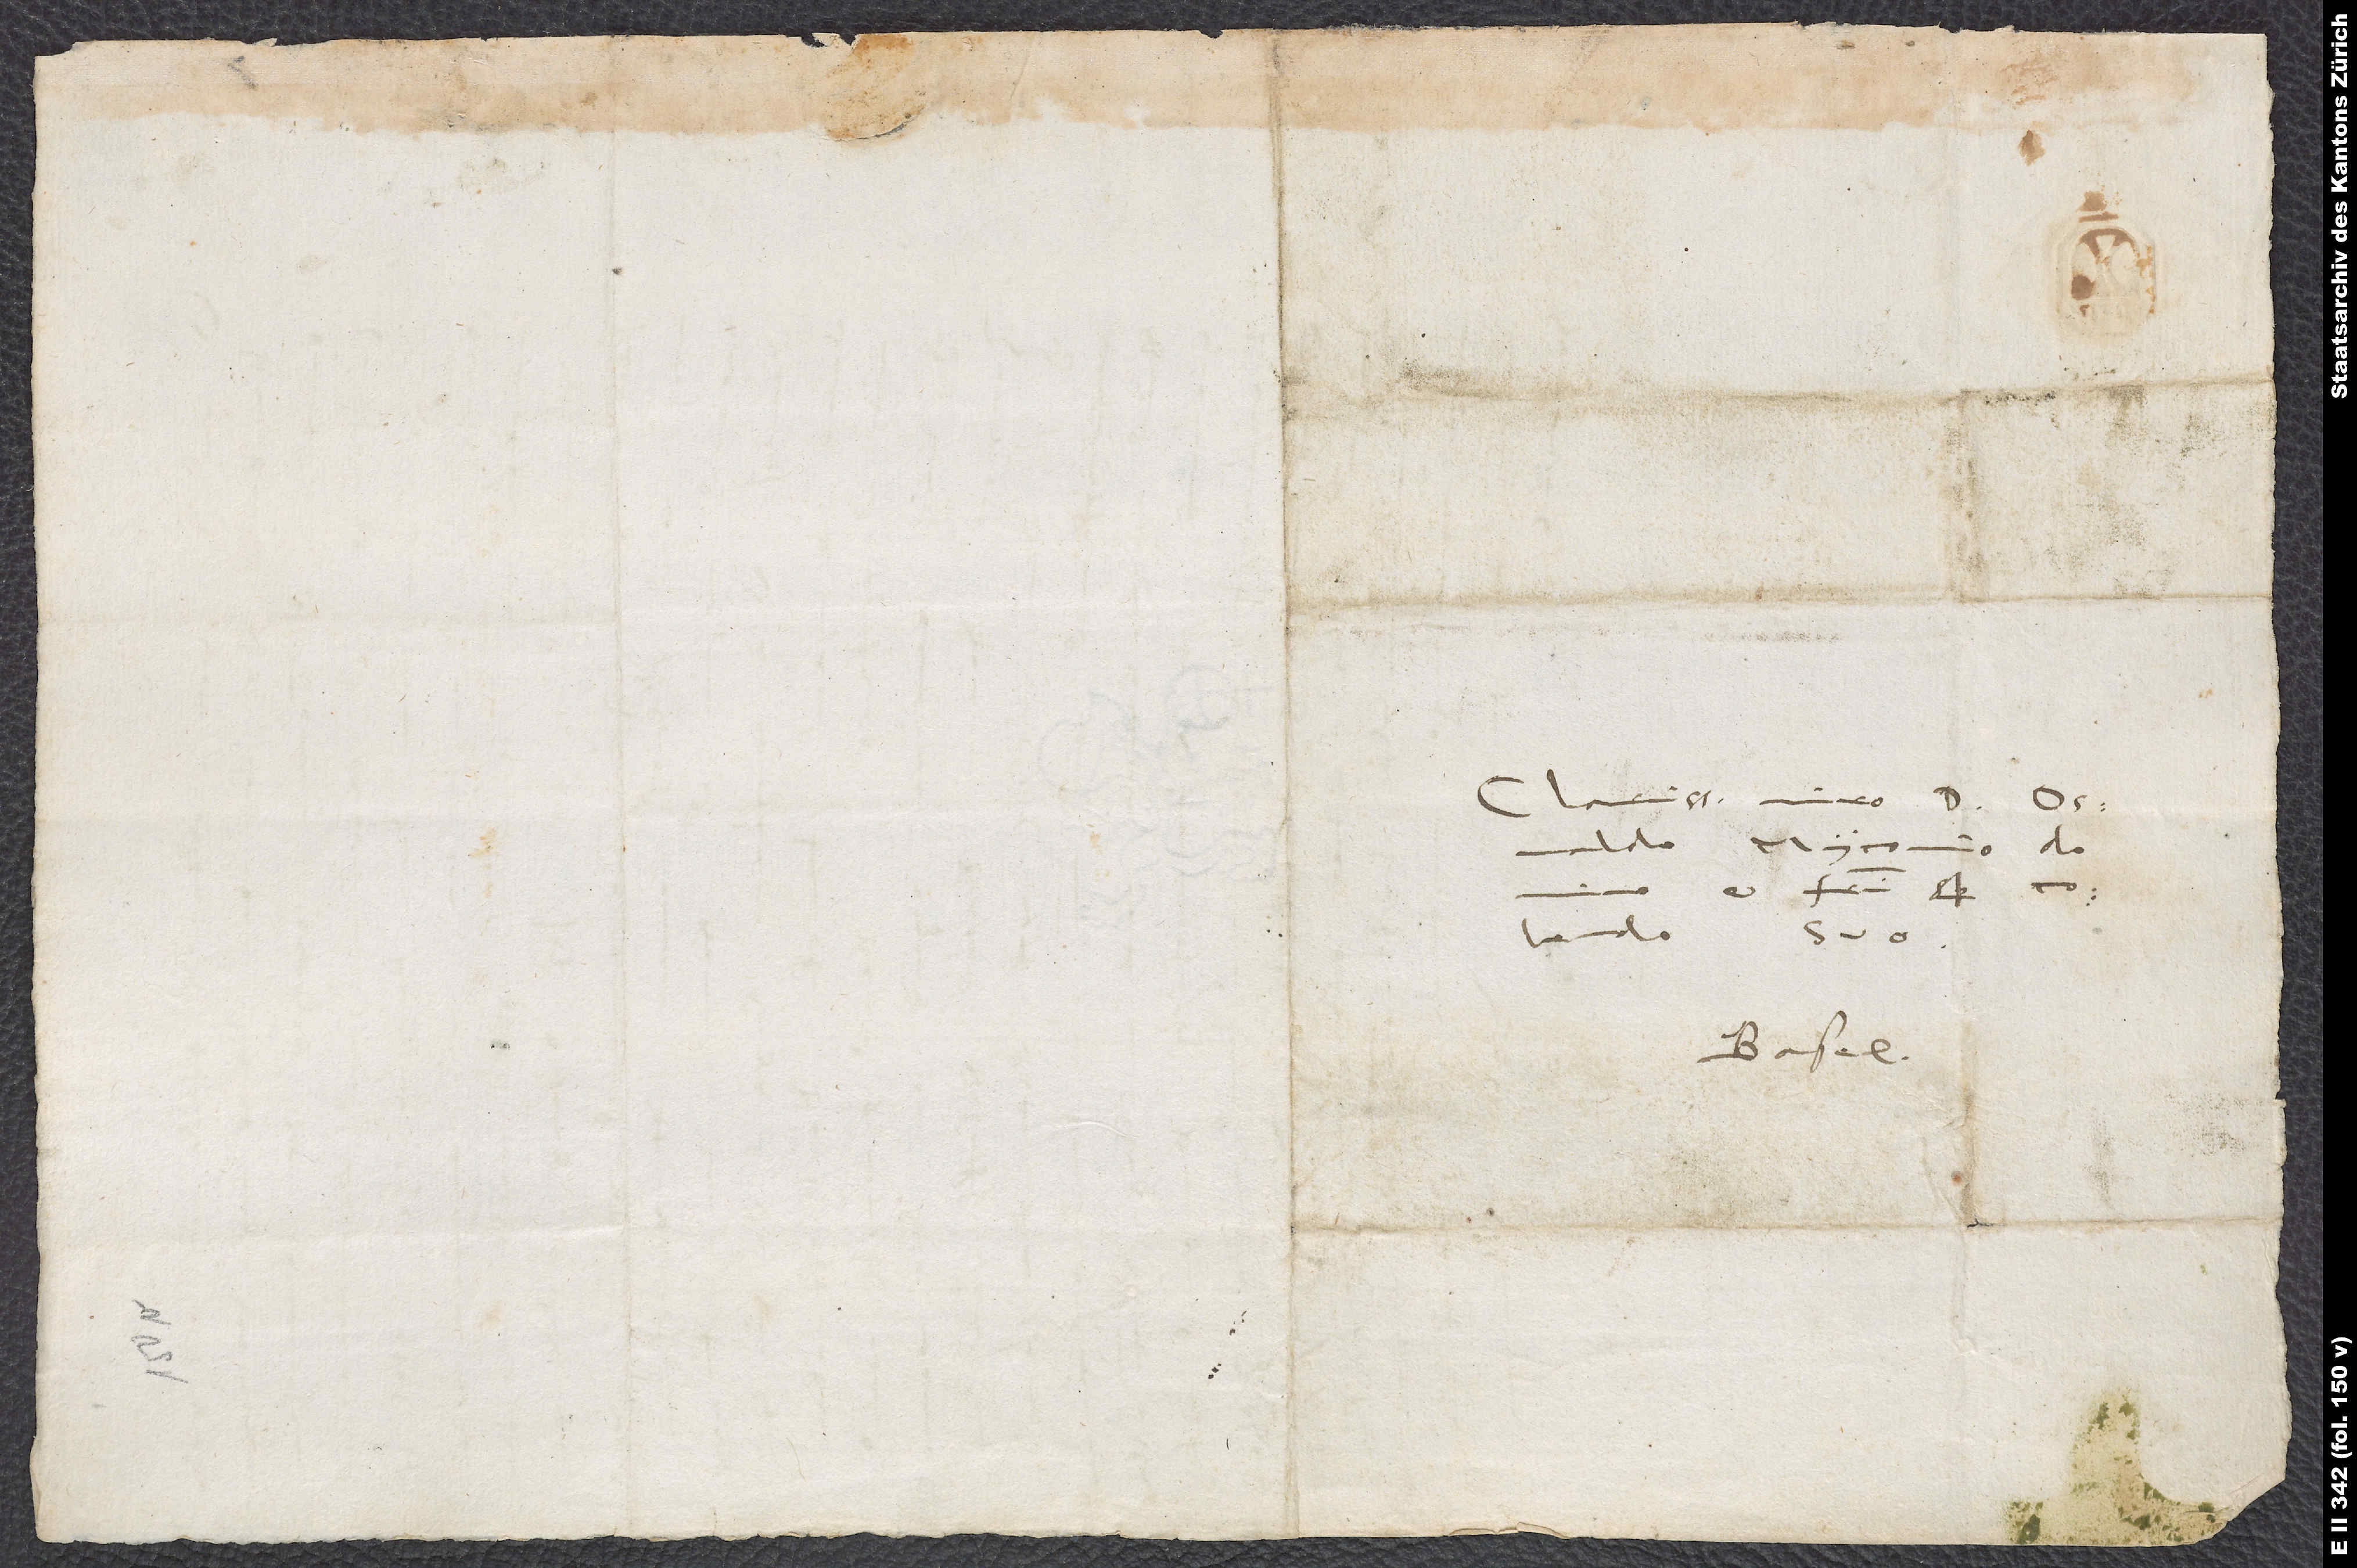
Clarissimo viro d.
Osvaldo Myconio, domino
fratri semper
colendo suo.
Basel.